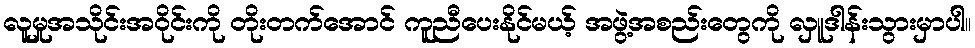
လူမှုအသိုင်းအဝိုင်းကို တိုးတက်အောင် ကူညီပေးနိုင်မယ့် အဖွဲ့အစည်းတွေကို လှူဒါန်းသွားမှာပါ။